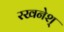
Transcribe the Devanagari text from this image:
रखनेश्